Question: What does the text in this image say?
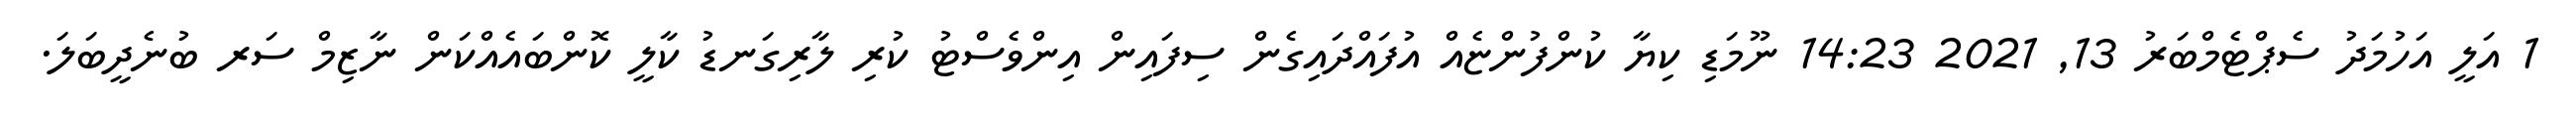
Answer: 1 އަލީ އަހުމަދު ސެޕްޓެމްބަރު 13, 2021 14:23 ނޫމަޑި ކިޔާ ކުންފުންޏެއް އުފައްދައިގެން ސިފައިން އިންވެސްޓު ކުރި ލާރިގަނޑު ކާލީ ކޮންބައެއްކަން ނާޒިމް ސަރ ބުނެދީބަލަ.